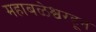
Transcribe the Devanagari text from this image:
महाबळेश्वरहून